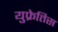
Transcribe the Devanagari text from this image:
युफ्रेतिस